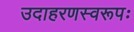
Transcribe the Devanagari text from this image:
उदाहरणस्वरूपः